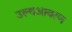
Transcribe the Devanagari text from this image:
उल्बआवरण